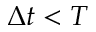
\Delta t < T